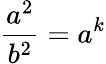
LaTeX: \frac{a^{2}}{b^{2}}=a^{k}